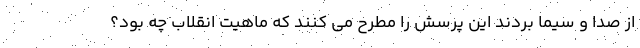
از صدا و سیما بردند این پرسش را مطرح می کنند که ماهیت انقلاب چه بود؟